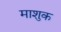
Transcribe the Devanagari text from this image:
माशुक